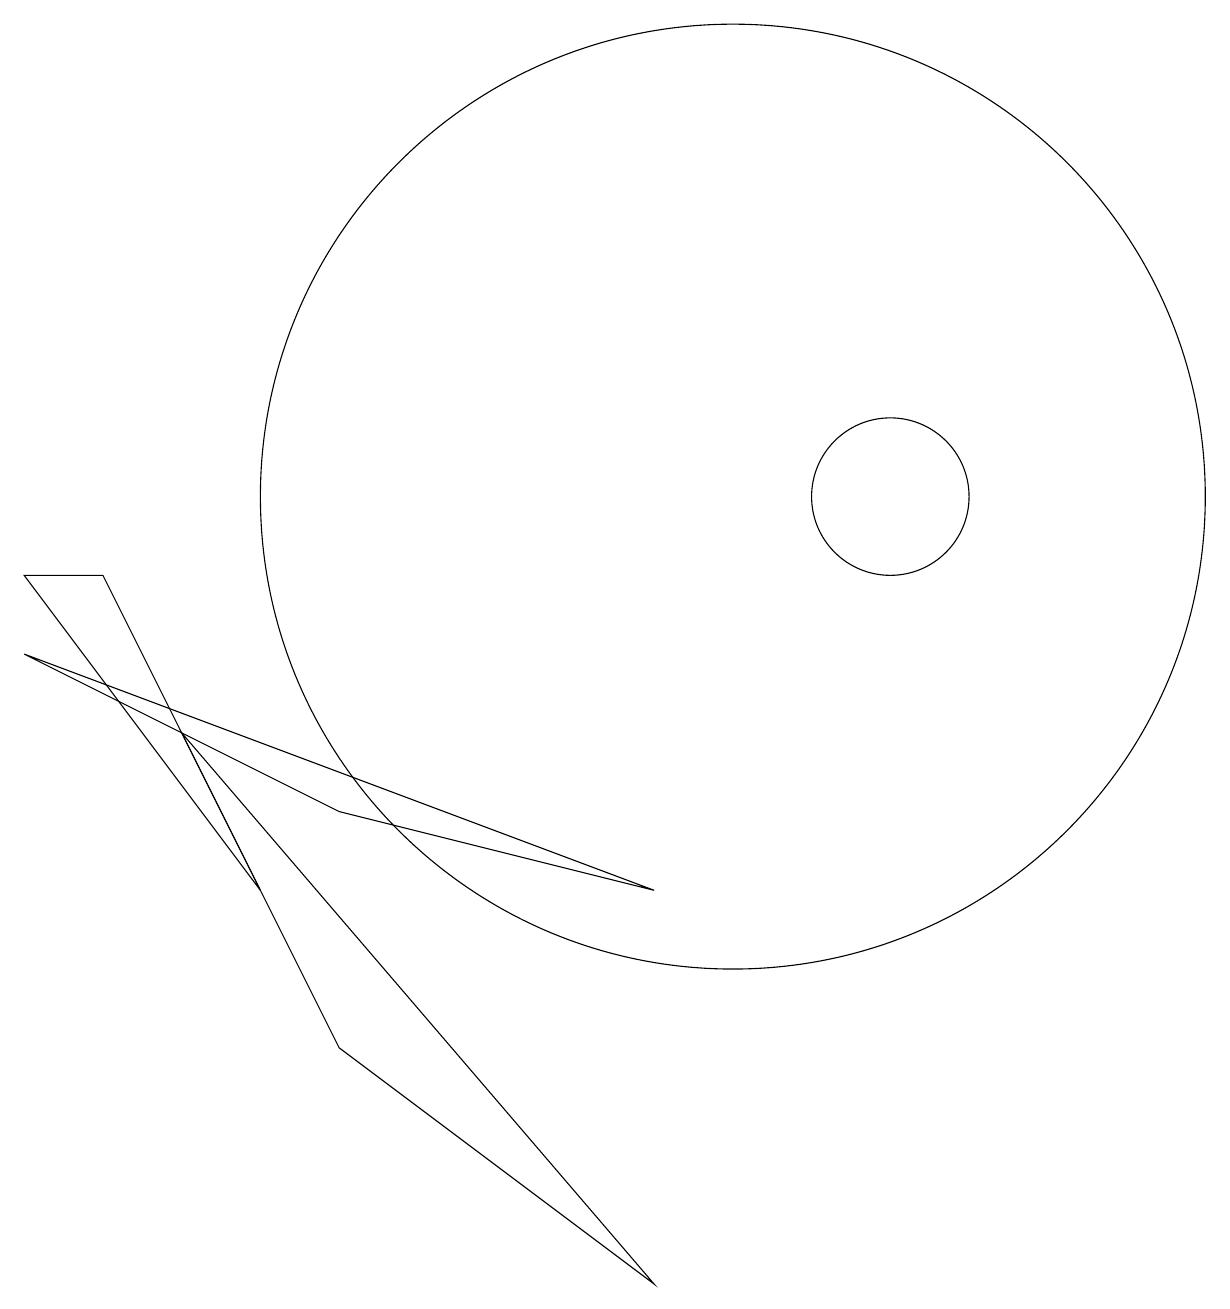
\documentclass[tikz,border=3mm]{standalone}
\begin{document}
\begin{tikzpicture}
\draw (4,5) -- (2,9) -- (1,9) -- cycle;
\draw (10,10) circle (6);
\draw (5,6) -- (1,8) -- (9,5) -- cycle;
\draw (12,10) circle (1);
\draw (3,7) -- (5,3) -- (9,0) -- cycle;
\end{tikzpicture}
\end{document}